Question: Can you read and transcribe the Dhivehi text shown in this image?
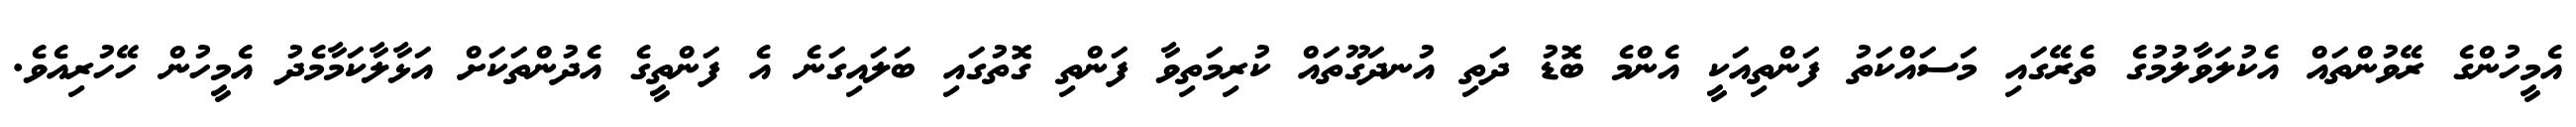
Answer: އެމީހުންގެ ރޭވުންތައް އެކުލަވާލުމުގެ ތެރޭގައި މަސައްކަތު ފަންތިއަކީ އެންމެ ބޮޑު ދަތި އުނދަގޫތައް ކުރިމަތިވާ ފަންތި ގޮތުގައި ބަލައިގަނެ އެ ފަންތީގެ އެދުންތަކަށް އަޅާލާކަމާމެދު އެމީހުން ހޭހުރިއެވެ.